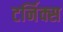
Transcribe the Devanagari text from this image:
टर्निक्स